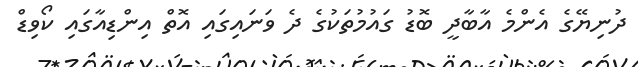
ދުނިޔޭގެ އެންމެ އާބާދީ ބޮޑު ގައުމުތަކުގެ ދެ ވަނައިގައި އޮތް އިންޑިއާގައި ކޯވިޑް